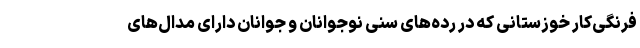
فرنگی‌کار خوزستانی که در رده‌های سنی نوجوانان و جوانان دارای مدال‌های